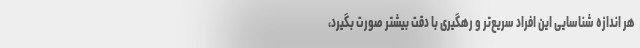
هر اندازه شناسایی این افراد سریع‌تر و رهگیری با دقت بیشتر صورت بگیرد،